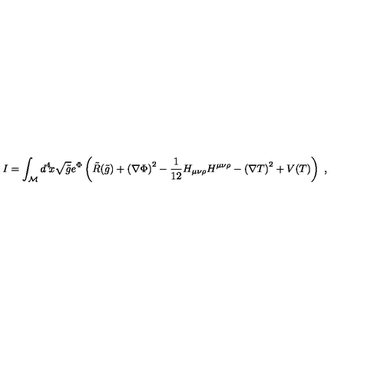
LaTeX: I = \int _ { \cal { M } } d ^ { 4 } \! x \sqrt { \tilde { g } } e ^ { \Phi } \left( \tilde { R } ( \tilde { g } ) + \left( \nabla \Phi \right) ^ { 2 } - { \frac { 1 } { 1 2 } } H _ { \mu \nu \rho } H ^ { \mu \nu \rho } - \left( \nabla T \right) ^ { 2 } + V ( T ) \right) \ ,